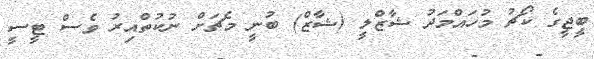
ބީޖީގެ ކޯޗު މުހައްމަދު ޝާޒްލީ (ޝާޒް) ބުނީ މެޗަށް ނުކުތްއިރު ވެސް ޓީސީ